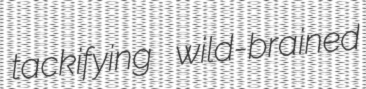
tackifying wild-brained